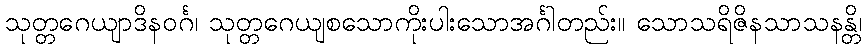
သုတ္တဂေယျာဒိနဝင်္ဂ၊ သုတ္တဂေယျစသောကိုးပါးသောအင်္ဂါတည်း။ သောသရိဇိနသာသနန္တိ၊